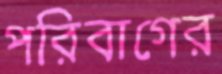
পরিবাগের